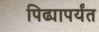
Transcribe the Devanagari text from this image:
पिढ्यापर्यंत